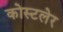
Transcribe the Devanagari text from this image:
कोस्टलेर